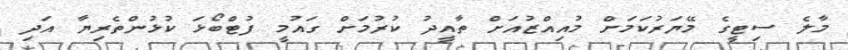
މާލެ ސިޓީގެ މޭޔަރުކަމަށް މުއިއްޒުއަށް ތާއީދު ކުރުމަށް ގައުމީ ފުޓްބޯޅަ ކުޅުންތެރިޔާ އަދި